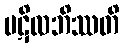
ပဋိလဘိဿတိ